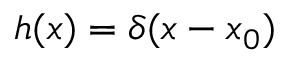
h ( \boldsymbol { x } ) = \delta ( \boldsymbol { x } - \boldsymbol { x } _ { 0 } )